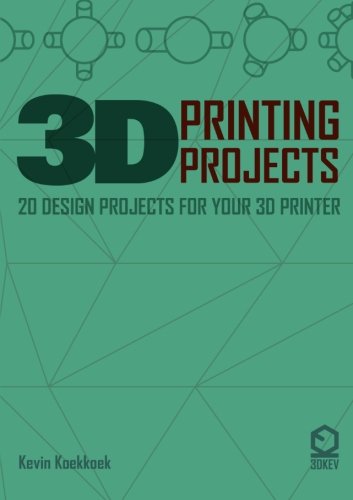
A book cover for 3D Printing Projects. 20 design projects for your 3D printer; Kevin Koekkkoek; Computers & Technology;